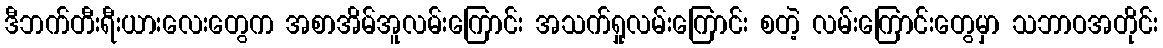
ဒီဘက်တီးရီးယားလေးတွေက အစာအိမ်အူလမ်းကြောင်း အသက်ရှုလမ်းကြောင်း စတဲ့ လမ်းကြောင်းတွေမှာ သဘာဝအတိုင်း